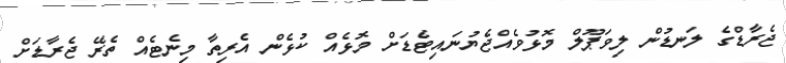
ޖެރާޑްގެ ލަނޑުން ލިވަޕޫލް މޮޅުވެއްޖެޔުނައިޓެޑަށް މޮޅެއް ކުޅެން އެރިތާ މިނެޓެއް ތެރޭ ޖެރާޑަށް